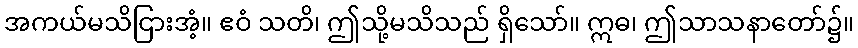
အကယ်မသိငြားအံ့။ ဧဝံ သတိ၊ ဤသို့မသိသည် ရှိသော်။ ဣဓ၊ ဤသာသနာတော်၌။